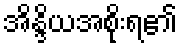
အိန္ဒိယအစိုးရ၏